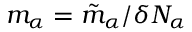
m _ { \alpha } = \tilde { m } _ { \alpha } / \delta N _ { \alpha }